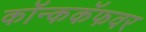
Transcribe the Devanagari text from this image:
कॉन्ककॅफवर